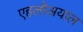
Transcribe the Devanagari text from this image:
एहलोअयाल